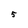
Character: 5